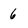
Character: 6